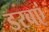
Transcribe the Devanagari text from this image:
डरबएं